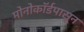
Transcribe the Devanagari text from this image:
मोनोकॉर्डपासून